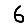
Digit: 6